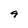
Character: 9